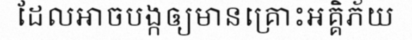
ដែលអាចបង្កឲ្យមានគ្រោះអគ្គិភ័យ